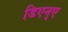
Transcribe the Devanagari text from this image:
डिएन्ए